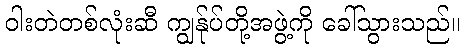
ဝါးတဲတစ်လုံးဆီ ကျွန်ုပ်တို့အဖွဲ့ကို ခေါ်သွားသည်။